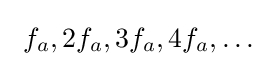
~f_{a},2f_{a},3f_{a},4f_{a},\ldots